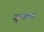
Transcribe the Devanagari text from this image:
जुमगल